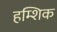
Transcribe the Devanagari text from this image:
हम्शिक